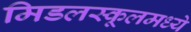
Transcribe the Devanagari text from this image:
मिडलस्कूलमध्ये